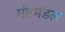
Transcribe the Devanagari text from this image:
मंत्रमंडल